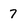
Character: 7